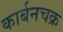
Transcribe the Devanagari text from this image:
कार्बनचक्र